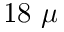
1 8 ~ \mu